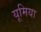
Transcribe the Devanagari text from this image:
यूमिया